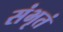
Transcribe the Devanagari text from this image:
संभृतं